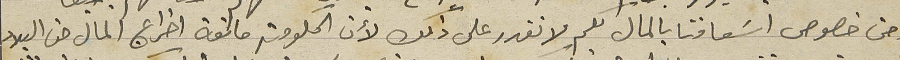
ومن خصوص اسَعافنا بالمال لكم لا نقدر على ذلك لأن الحكومة مانعة اخراج المال من البلاد